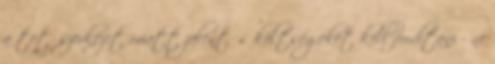
a tetőszerkezet miatt jelentős költségeket kell fordítani - ne